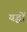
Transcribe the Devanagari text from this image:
यद्धों